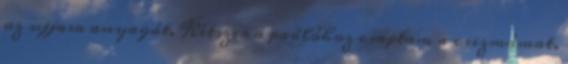
az ujjasa anyagát. Kétszer a padlóhoz csaptam a csizmámat,